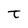
Character: t